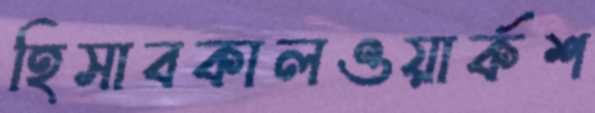
হিসাবকালওয়ার্কশ